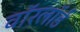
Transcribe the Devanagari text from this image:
वॉरलॉर्ड